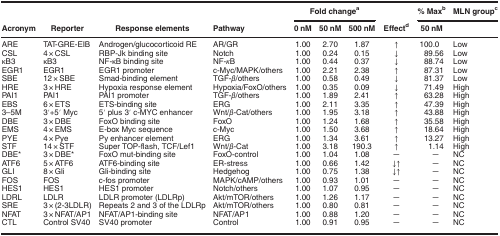
<table><thead><tr><td><b> </b></td><td><b> </b></td><td><b> </b></td><td><b> </b></td><td colspan="3"><b>Fold changea</b></td><td><b> </b></td><td><b>% Maxb</b></td><td><b>MLN groupc</b></td></tr><tr><td><b>Acronym</b></td><td><b>Reporter</b></td><td><b>Response elements</b></td><td><b>Pathway</b></td><td><b>0 nM</b></td><td><b>50 nM</b></td><td><b>500 nM</b></td><td><b>Effectd</b></td><td><b>50 nM</b></td><td><b> </b></td></tr></thead><tbody><tr><td>ARE</td><td>TAT-GRE-EIB</td><td>Androgen/glucocorticoid RE</td><td>AR/GR</td><td>1.00</td><td>2.70</td><td>1.87</td><td>↑</td><td>100.0</td><td>Low</td></tr><tr><td>CSL</td><td>4 × CSL</td><td>RBP-Jk binding site</td><td>Notch</td><td>1.00</td><td>0.24</td><td>0.15</td><td>↓</td><td>89.56</td><td>Low</td></tr><tr><td>κB3</td><td>κB3</td><td>NF-κB binding site</td><td>NF-<i>κ</i>B</td><td>1.00</td><td>0.44</td><td>0.37</td><td>↓</td><td>88.74</td><td>Low</td></tr><tr><td>EGR1</td><td>EGR1</td><td>EGR1 promoter</td><td>c-Myc/MAPK/others</td><td>1.00</td><td>2.21</td><td>2.38</td><td>↑</td><td>87.31</td><td>Low</td></tr><tr><td>SBE</td><td>12 × SBE</td><td>Smad-binding element</td><td>TGF-<i>β</i>/others</td><td>1.00</td><td>0.58</td><td>0.49</td><td>↓</td><td>81.37</td><td>Low</td></tr><tr><td>HRE</td><td>3 × HRE</td><td>Hypoxia response element</td><td>Hypoxia/FoxO/others</td><td>1.00</td><td>0.35</td><td>0.09</td><td>↓</td><td>71.49</td><td>High</td></tr><tr><td>PAI1</td><td>PAI1</td><td>PAI1 promoter</td><td>TGF-<i>β</i>/others</td><td>1.00</td><td>1.89</td><td>2.41</td><td>↑</td><td>63.28</td><td>High</td></tr><tr><td>EBS</td><td>6 × ETS</td><td>ETS-binding site</td><td>ERG</td><td>1.00</td><td>2.11</td><td>3.35</td><td>↑</td><td>47.39</td><td>High</td></tr><tr><td>3–5M</td><td>3′+5′ Myc</td><td>5′ plus 3′ c-MYC enhancer</td><td>Wnt/<i>β</i>-Cat/others</td><td>1.00</td><td>1.95</td><td>3.18</td><td>↑</td><td>43.88</td><td>High</td></tr><tr><td>DBE</td><td>3 × DBE</td><td>FoxO binding site</td><td>FoxO</td><td>1.00</td><td>1.24</td><td>1.68</td><td>↑</td><td>35.58</td><td>High</td></tr><tr><td>EMS</td><td>4 × EMS</td><td>E-box Myc sequence</td><td>c-Myc</td><td>1.00</td><td>1.50</td><td>3.68</td><td>↑</td><td>18.64</td><td>High</td></tr><tr><td>PYE</td><td>4 × Pye</td><td>Py enhancer element</td><td>ERG</td><td>1.00</td><td>1.34</td><td>3.61</td><td>↑</td><td>13.27</td><td>High</td></tr><tr><td>STF</td><td>14 × STF</td><td>Super TOP-flash, TCF/Lef1</td><td>Wnt/<i>β</i>-Cat</td><td>1.00</td><td>3.18</td><td>190.3</td><td>↑</td><td>1.14</td><td>High</td></tr><tr><td>DBE*</td><td>3 × DBE*</td><td>FoxO mut-binding site</td><td>FoxO-control</td><td>1.00</td><td>1.04</td><td>1.08</td><td>─</td><td>─</td><td>NC</td></tr><tr><td>ATF6</td><td>5 × ATF6</td><td>ATF6-binding site</td><td>ER-stress</td><td>1.00</td><td>0.66</td><td>1.42</td><td>↓↑</td><td>─</td><td>NC</td></tr><tr><td>GLI</td><td>8 × Gli</td><td>Gli-binding site</td><td>Hedgehog</td><td>1.00</td><td>0.75</td><td>1.38</td><td>↓↑</td><td>─</td><td>NC</td></tr><tr><td>FOS</td><td>FOS</td><td>c-fos promoter</td><td>MAPK/cAMP/others</td><td>1.00</td><td>0.93</td><td>1.01</td><td>─</td><td>─</td><td>NC</td></tr><tr><td>HES1</td><td>HES1</td><td>HES1 promoter</td><td>Notch/others</td><td>1.00</td><td>1.07</td><td>0.95</td><td>─</td><td>─</td><td>NC</td></tr><tr><td>LDRL</td><td>LDLR</td><td>LDLR promoter (LDLRp)</td><td>Akt/mTOR/others</td><td>1.00</td><td>1.26</td><td>1.17</td><td>─</td><td>─</td><td>NC</td></tr><tr><td>SRE</td><td>3 × (2-3LDLR)</td><td>Repeats 2 and 3 of the LDLRp</td><td>Akt/mTOR/others</td><td>1.00</td><td>0.80</td><td>0.81</td><td>─</td><td>─</td><td>NC</td></tr><tr><td>NFAT</td><td>3 × NFAT/AP1</td><td>NFAT/AP1-binding site</td><td>NFAT/AP1</td><td>1.00</td><td>0.88</td><td>1.20</td><td>─</td><td>─</td><td>NC</td></tr><tr><td>CTL</td><td>Control SV40</td><td>SV40 promoter</td><td>Control</td><td>1.00</td><td>0.91</td><td>0.95</td><td>─</td><td>─</td><td>NC</td></tr></tbody></table>